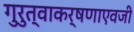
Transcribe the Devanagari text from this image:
गुरुत्वाकर्षणाएवजी